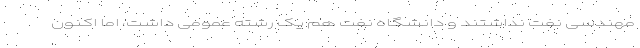
مهندسی نفت نداشتند و دانشگاه نفت هم یک رشته عمومی داشت، اما اکنون